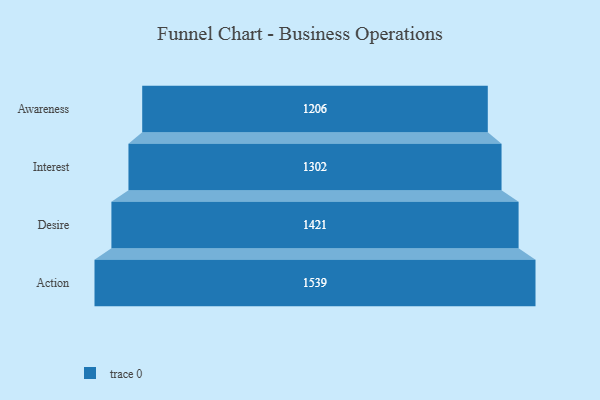
{"axis": {"x": "Stage", "y": "Value"}, "legend": [""], "data": [{"x": "Awareness", "y": 1206.0, "type": ""}, {"x": "Interest", "y": 1302.0, "type": ""}, {"x": "Desire", "y": 1421.0, "type": ""}, {"x": "Action", "y": 1539.0, "type": ""}]}